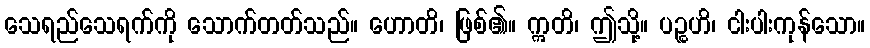
သေရည်သေရက်ကို သောက်တတ်သည်။ ဟောတိ၊ ဖြစ်၏။ ဣတိ၊ ဤသို့။ ပဉ္စဟိ၊ ငါးပါးကုန်သော။